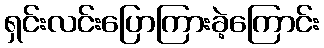
ရှင်းလင်းပြောကြားခဲ့ကြောင်း